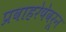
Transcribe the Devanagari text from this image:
प्रवाहरेषेवरून